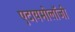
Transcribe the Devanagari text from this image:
एटायमोलॉजी